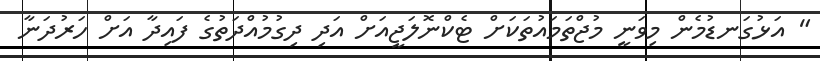
" އަޅުގަނޑުމެން މިވަނީ މުޖްތަމައުތަކަށް ޓެކްނޮލަޖީއަށް އަދި ދިގުމުއްދަތުގެ ފައިދާ އަށް ހަރުދަނާ